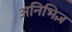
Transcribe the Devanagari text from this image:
अनिभिज्ञ